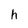
Character: h